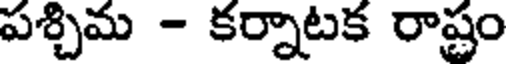
పశ్చిమ - కర్నాటక రాష్టం